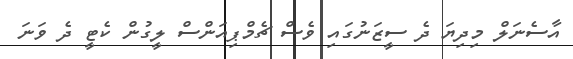
އާސެނަލް މިދިޔަ ދެ ސީޒަނުގައި ވެސް ޗެމްޕިއަންސް ލީގުން ކެޓީ ދެ ވަނަ